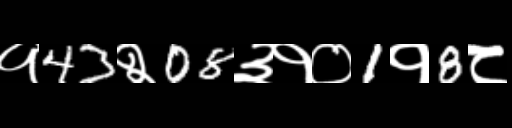
Text: १43२08३१०1१8८